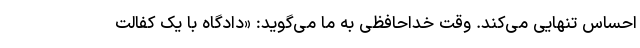
احساس تنهایی می‌کند. وقت خداحافظی به ما می‌گوید: «دادگاه با یک کفالت